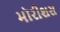
મૉરીશસ